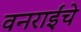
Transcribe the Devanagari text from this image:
वनराईंचे